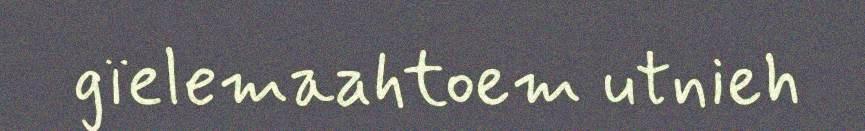
gïelemaahtoem utnieh